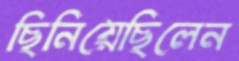
ছিনিয়েছিলেন